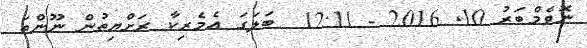
ނޮވެމްބަރު 10